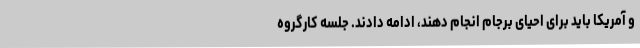
و آمریکا باید برای احیای برجام انجام دهند، ادامه دادند. جلسه کارگروه